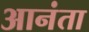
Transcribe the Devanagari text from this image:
आनंता